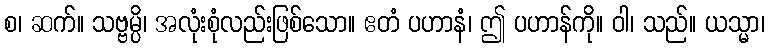
စ၊ ဆက်။ သဗ္ဗမ္ပိ၊ အလုံးစုံလည်းဖြစ်သော။ ဧတံ ပဟာနံ၊ ဤ ပဟာန်ကို။ ဝါ၊ သည်။ ယသ္မာ၊